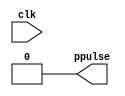
module ptd(input clk, output ppulse);

not #2 g1(nclkd, clk);
nand #3 g2(npulse, nclkd, clk);
not #2 g3(ppulse, npulse);

endmodule

module enLatch(input S, R, en, output Q, Qbar);

nand #3 gen1(S1, en, S);
nand #3 gen2(R1, en, R);
nand #3 g1(Q, S1, Qbar);
nand #3 g2(Qbar, R1, Q);

endmodule

module main;
reg clk, D;
wire en, Q, Qbar, Dbar;

ptd ptd1(clk, en);
not not1(Dbar, D);
enLatch latch1(D, Dbar, en, Q, Qbar);

initial
begin
  clk = 0;
  D = 0;
  $monitor("%4dns monitor: clk=%d en=%d D=%d Q=%d Qbar=%d", $stime, clk, en, D, Q, Qbar);
  $dumpfile("ptdLatch.vcd"); //  GTK wave 
  $dumpvars;  
end

always #20 begin
  clk = clk + 1;
end

always #40 begin
  D = D + 1;
end

initial #100 $finish;

endmodule